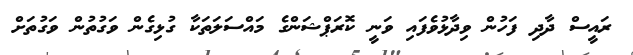
ރައީސް ދާދި ފަހުން ވިދާޅުވެފައި ވަނީ ކޮރަޕްޝަންގެ މައްސަލަތަކާ ގުޅިގެން ވަގުތުން ވަގުތަށް